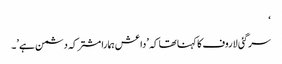
‘
سرگئی لاروف کا کہنا تھا کہ \’داعش ہمارا مشترکہ دشمن ہے\’۔